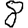
Digit: 8